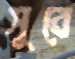
সুবে